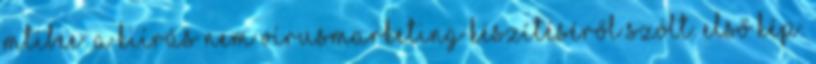
mtibee: A kiírás nem vírusmarketing készítéséről szólt. Első kép: